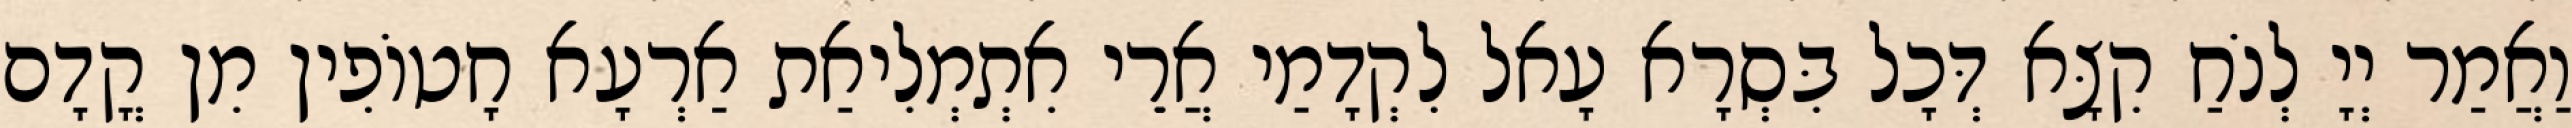
וַאֲמַר יְיָ לְנֹחַ קִצָּא דְּכָל בִּסְרָא עָאל לִקְדָמַי אֲרֵי אִתְמְלִיאַת אַרְעָא חָטוֹפִין מִן קֳדָם